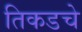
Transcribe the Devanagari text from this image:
तिकडचे